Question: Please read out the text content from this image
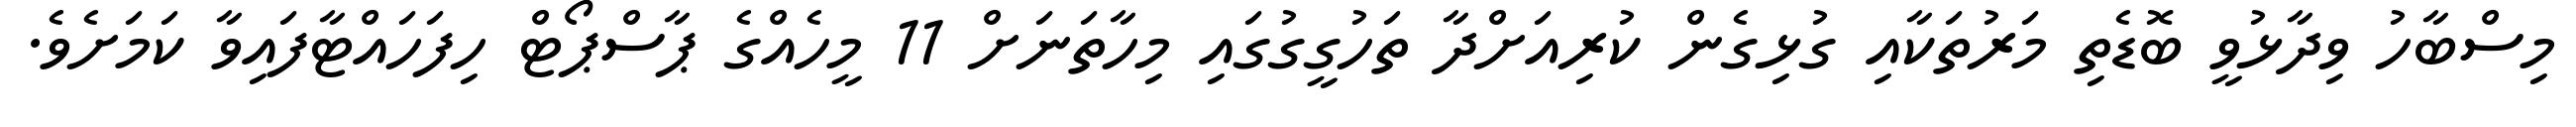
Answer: މިސްބާހު ވިދާޅުވީ ބޮޑެތި މަރުތަކާއި ގުޅިގެން ކުރިއަށްދާ ތަހުގީގުގައި މިހާތަނަށް 11 މީހެއްގެ ޕާސްޕޯޓް ހިފަހައްޓާފައިވާ ކަމަށެވެ.